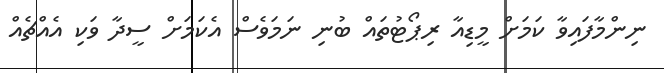
ނިންމާފައިވާ ކަމަށް މީޑިއާ ރިޕޯޓުތައް ބުނި ނަމަވެސް އެކަމަށް ސީދާ ވަކި އެއްޗެއް